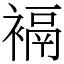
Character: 䙐